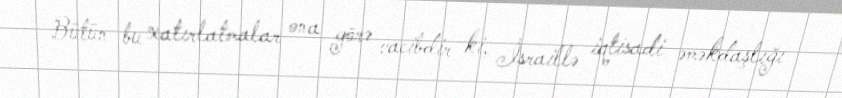
Bütün bu xatırlatmalar ona görə vacibdir ki, İsraillə iqtisadi əməkdaşlığı